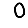
Digit: 0